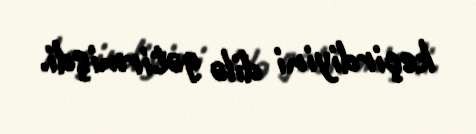
keçirdiyini dilə gətirmişdi.